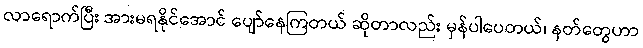
လာရောက်ပြီး အားမရနိုင်အောင် ပျော်နေကြတယ် ဆိုတာလည်း မှန်ပါပေတယ်၊ နတ်တွေဟာ